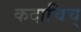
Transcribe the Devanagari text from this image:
कदाचिच्